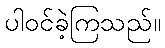
ပါဝင်ခဲ့ကြသည်။